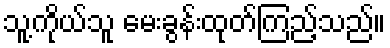
သူ့ကိုယ်သူ မေးခွန်းထုတ်ကြည့်သည်။